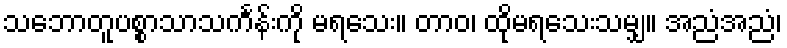
သဘောတူပစ္စာသာသင်္ကန်းကို မရသေး။ တာဝ၊ ထိုမရသေးသမျှ။ အညံအညံ၊